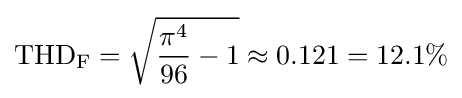
\mathrm {THD_{F}} ={\sqrt {{\frac {\pi ^{4}}{96}}-1}}\approx 0.121=12.1\%